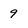
Character: 9